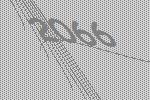
2066